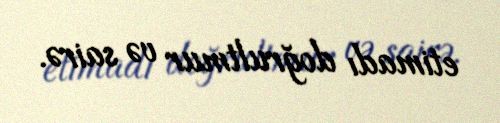
etimadı doğrultmur və sairə.